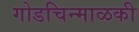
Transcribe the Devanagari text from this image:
गोडचिन्माळकी